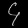
Digit: ၄